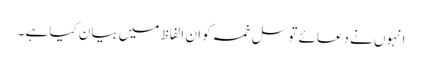
انہوں نے دعائے توسل خمسہ کو ان الفاظ میں بیان کیا ہے ۔